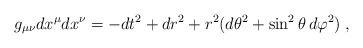
\begin{align*}g_{\mu\nu}dx^\mu dx^\nu =-dt^2+dr^2+r^2(d\theta^2 +\sin^2\theta\,d\varphi^2)\; ,\end{align*}